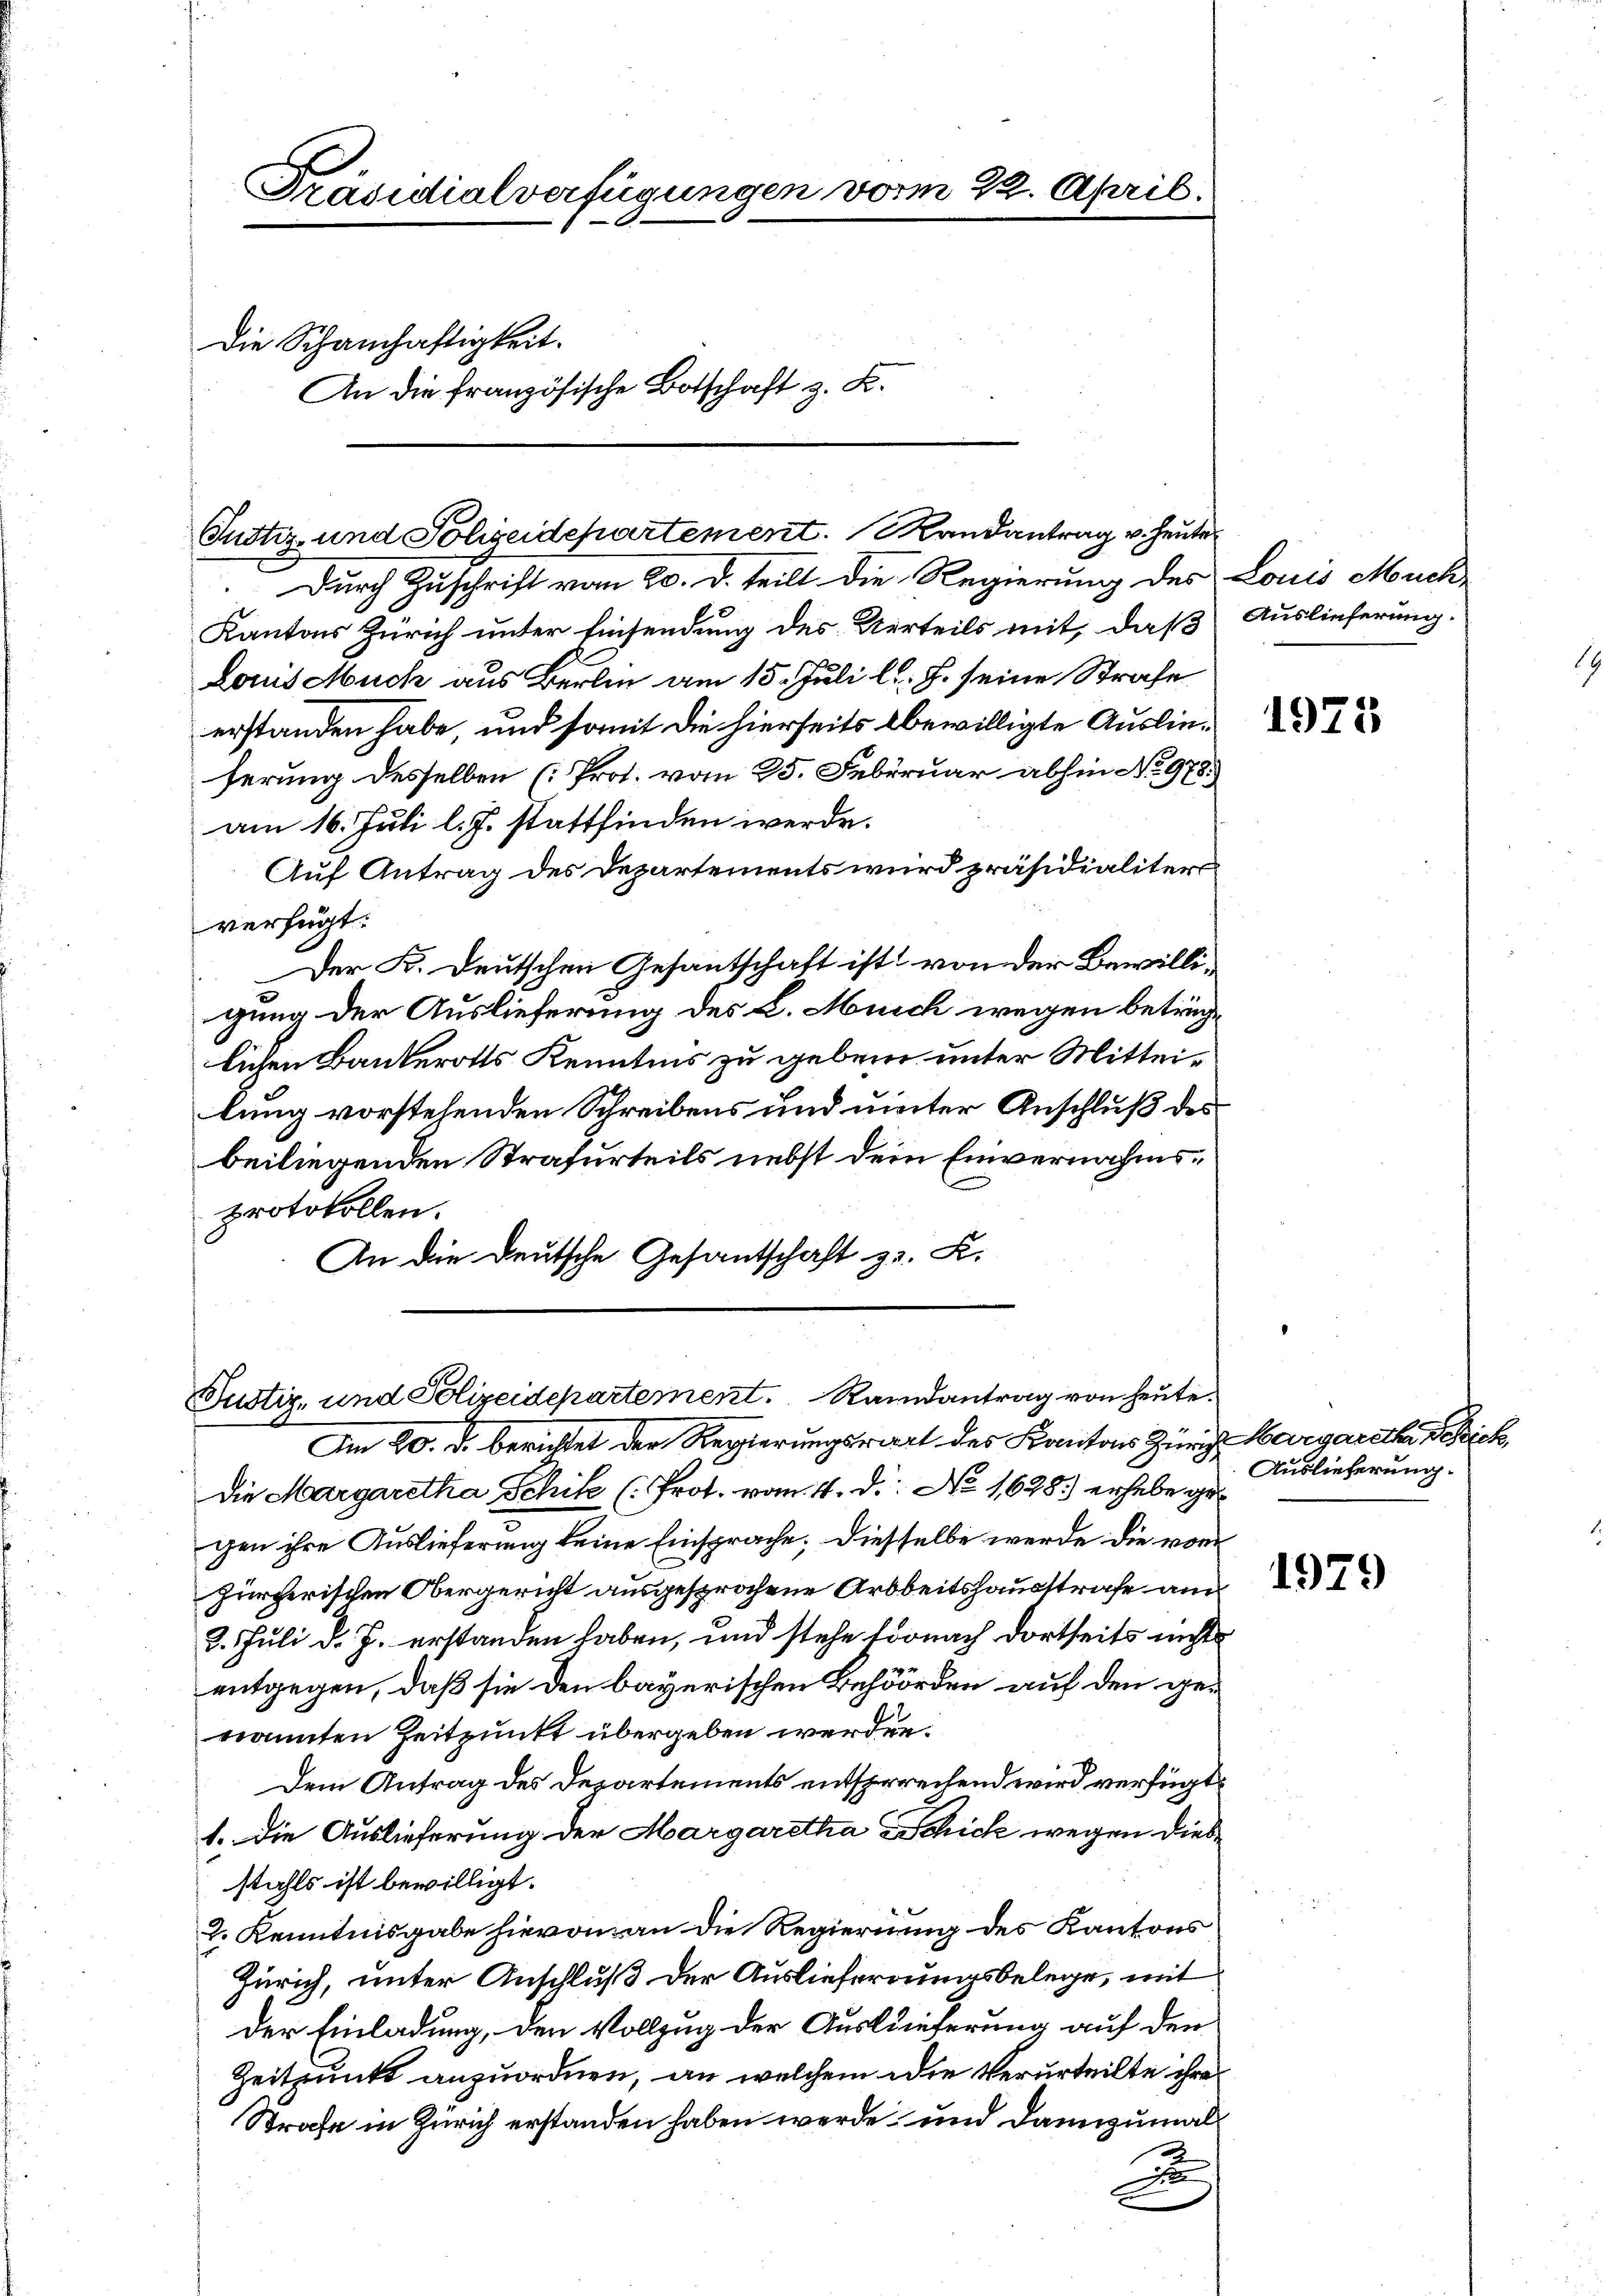
Präsidialverfügungen vom 22. April.
Die Schanschaftigkeit.
An die französische Botschaft z. B.

Durch Zuschrift vom 20. d. teilt die Regierung des Louis Meuch-
Kantons Zürich unter Einsendung des Uerteils mit, daß
Louis Much aus Berlin am 15. Juli l. J. seine Strafe
erstanden habe, und somit die hierseits bewilligte Auslieserung desselben (Prot. vom 25. Februar abhin No. 978.
am 16. Juli l. J. stattfinden werde.
Auf Antrag des Departements wird präsidialiter
verfügt:
Der K. Deutschen Gesantschaft ist von der Bewilligung der Auslieferung des L. Münch wegen betrichlichen Bankerotts Kenntnis zu geben unter Mitteilung vorstehenden Schreibens und unter Anschluß des
beiliegenden Strafurteils nebst dem Einvernahmsprotokollen.
An die Deutsche Gesantschaft z. K.

Justiz- und Polizeidepartement. Mandantrag v. heute

Justiz- und Polizeidepartement. Randantrag von heute.
Am 20. d. berichtet der Regierungswart des Kantons Zürich Margareth Sch

Die Margaretha Schik (Prot. vom 4. d. No 1628.) erhabe gegen ihre Auslieferung keine Einsprache; diesselbe werde die von
zürcherischen Obergericht ausgesprochene Arbeitshausstrafe am
2. Juli d. J. erstanden haben, und stehe fornach dortseits nichts
entgegen, daß sie den bayerischen Behöörden auf den genannten Zeitpunkt übergeben werden.
Dem Antrag des Departements entsprechend wird verfügt
1. Die Auslieferung der Margaretha Schick wegen diesstahls ist bewilligt.
2. Kenntnisgabe hievon an die Regierung des Kantons
Zürich, unter Anschluß der Auslieferungsbelege, mit
der Einladung, den Vollzug der Auslieferung auf der
Zeitpunkt anzuordnen, an welchem die Verurteilte ihre
Strafe in Zürich erstanden haben werde und dannzumal
2
x

Auslieferung.

1973

Auslieferung.

1979